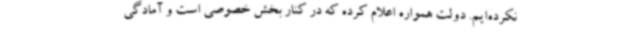
نکرده‌ایم. دولت همواره اعلام کرده که در کنار بخش خصوصی است و آمادگی